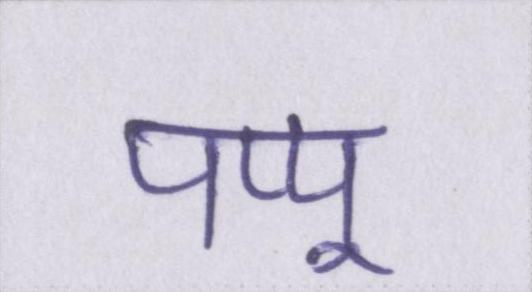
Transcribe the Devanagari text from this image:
पप्पू